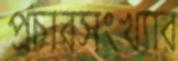
প্রচারসংখ্যার